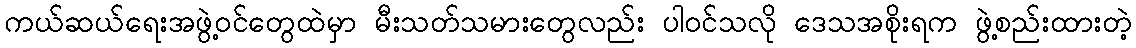
ကယ်ဆယ်ရေးအဖွဲ့ဝင်တွေထဲမှာ မီးသတ်သမားတွေလည်း ပါဝင်သလို ဒေသအစိုးရက ဖွဲ့စည်းထားတဲ့